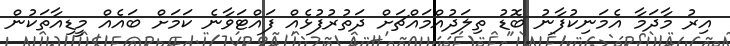
އިރު މާދަމާ އެމަނިކުފާނު ބޮޑު ތިލަދުއްމައްޗަށް ދަތުރުފުޅެއް ފައްޓަވާނެ ކަމަށް ބައެއް މީޑިއާތަކުން